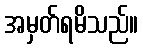
အမှတ်ရမိသည်။